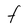
Character: F